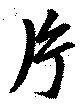
片